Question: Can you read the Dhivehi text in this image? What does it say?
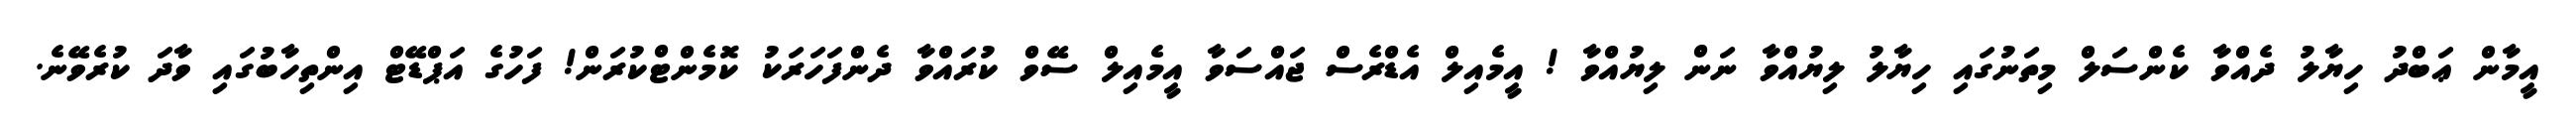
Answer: އީމާން ޢަބްދު ހިޔާލު ދެއްވާ ކެންސަލް މިތަނުގައި ހިޔާލު ލިޔުއްވާ ނަން ލިޔުއްވާ ! އީމެއިލް އެޑްރެސް ޖައްސަވާ އީމެއިލް ސޭވް ކުރައްވާ ދެންފަހަރަކު ކޮމެންޓްކުރަން! ފަހުގެ އަޕްޑޭޓް އިންތިހާބުގައި ވާދަ ކުރެވޭނެ.